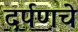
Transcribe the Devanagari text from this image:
दर्पणचे